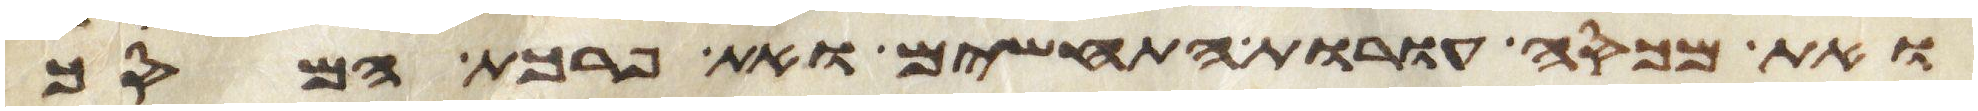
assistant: ואת מכסה עורת התחשים ואת פרכת המסך